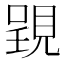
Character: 𧡈